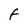
Character: F